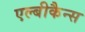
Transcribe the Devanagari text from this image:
एल्बीकैन्स